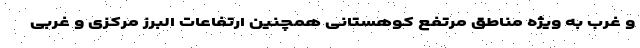
و غرب به ویژه مناطق مرتفع کوهستانی همچنین ارتفاعات البرز مرکزی و غربی